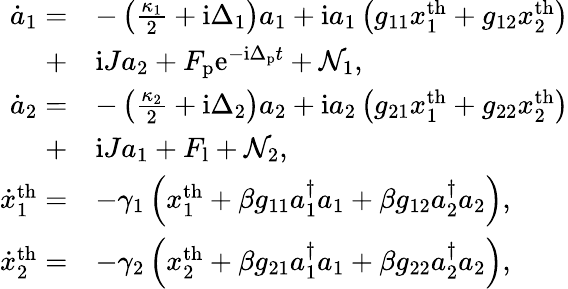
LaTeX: \begin{array}{rl}{\dot{a}_{1}=}&{-\left(\frac{\kappa_{1}}{2}+\mathrm{i}\Delta_{1}\right)a_{1}+\mathrm{i}a_{1}\left(g_{11}x_{1}^{\mathrm{th}}+g_{12}x_{2}^{\mathrm{th}}\right)}\\ {+}&{\mathrm{i}Ja_{2}+F_{\mathrm{p}}\mathrm{e}^{-\mathrm{i}\Delta_{\mathrm{p}}t}+\mathcal{N}_{1},}\\ {\dot{a}_{2}=}&{-\left(\frac{\kappa_{2}}{2}+\mathrm{i}\Delta_{2}\right)a_{2}+\mathrm{i}a_{2}\left(g_{21}x_{1}^{\mathrm{th}}+g_{22}x_{2}^{\mathrm{th}}\right)}\\ {+}&{\mathrm{i}Ja_{1}+F_{\mathrm{l}}+\mathcal{N}_{2},}\\ {\dot{x}_{1}^{\mathrm{th}}=}&{-\gamma_{1}\left(x_{1}^{\mathrm{th}}+\beta g_{11}a_{1}^{\dagger}a_{1}+\beta g_{12}a_{2}^{\dagger}a_{2}\right),}\\ {\dot{x}_{2}^{\mathrm{th}}=}&{-\gamma_{2}\left(x_{2}^{\mathrm{th}}+\beta g_{21}a_{1}^{\dagger}a_{1}+\beta g_{22}a_{2}^{\dagger}a_{2}\right),}\end{array}